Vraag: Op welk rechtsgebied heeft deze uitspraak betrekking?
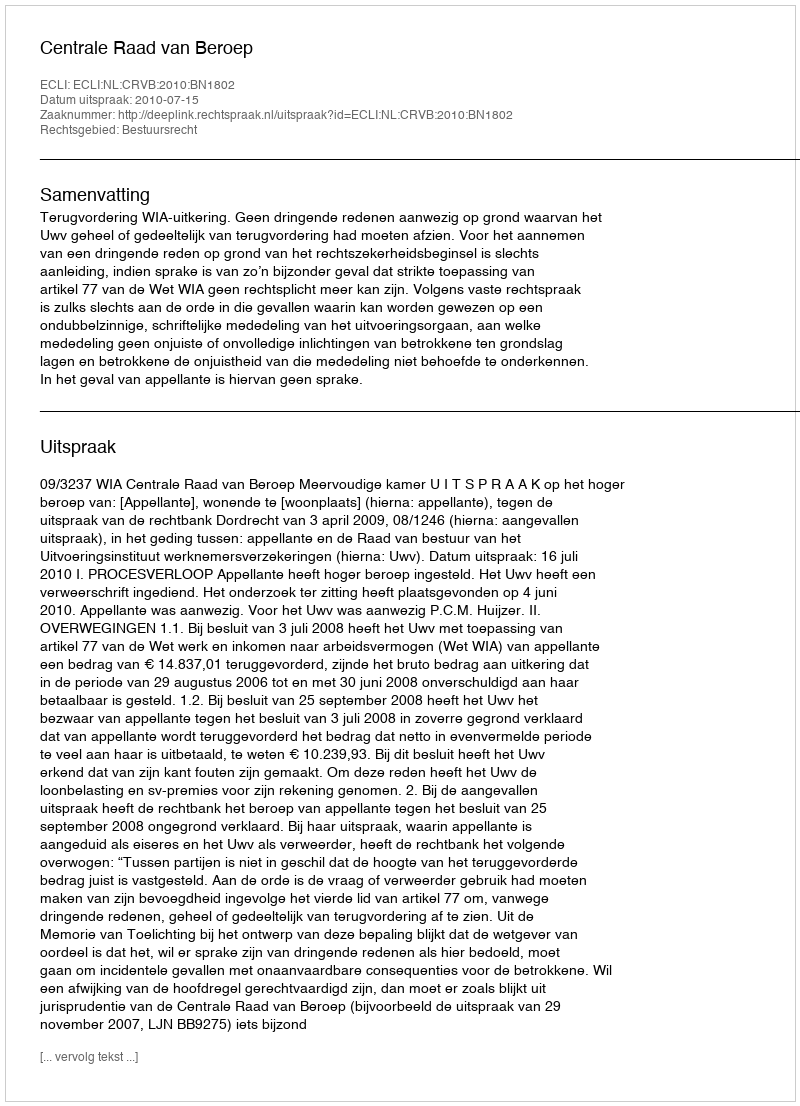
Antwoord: Bestuursrecht